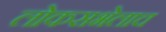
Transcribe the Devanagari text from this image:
लोकसभेलाच